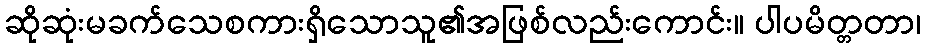
ဆိုဆုံးမခက်သေစကားရှိသောသူ၏အဖြစ်လည်းကောင်း။ ပါပမိတ္တတာ၊